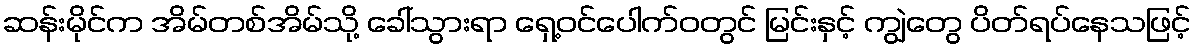
ဆန်းမိုင်က အိမ်တစ်အိမ်သို့ ခေါ်သွားရာ ရှေ့ဝင်ပေါက်ဝတွင် မြင်းနှင့် ကျွဲတွေ ပိတ်ရပ်နေသဖြင့်